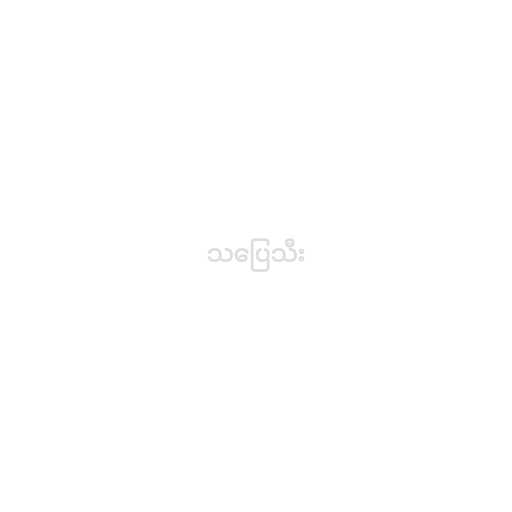
သပြေသီး